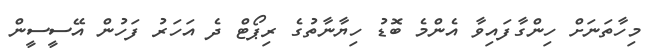
މިހާތަނަށް ހިންގާފައިވާ އެންމެ ބޮޑު ހިޔާނާތުގެ ރިޕޯޓް ދެ އަހަރު ފަހުން އޭސީސީން